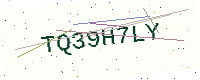
Text: TQ39H7LY